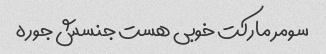
سومر مارکت خوبی هست جنسش جوره